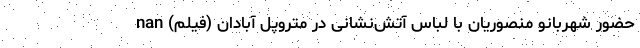
حضور شهربانو منصوریان با لباس آتش‌نشانی در متروپل آبادان (فیلم) nan